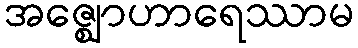
အဇ္ဈောဟာရေဿာမ